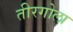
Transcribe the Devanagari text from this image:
तीरगोला